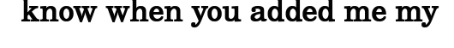
know when you added me my